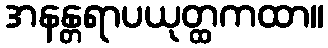
အနန္တရာပယုတ္ထကထာ။